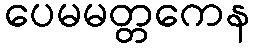
ပေမမတ္တကေန